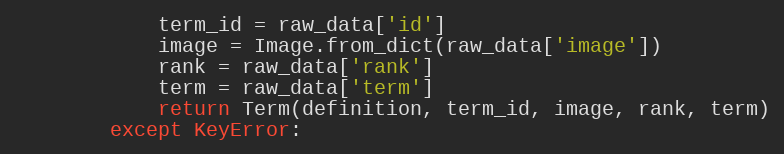
Language: Python
            term_id = raw_data['id']
            image = Image.from_dict(raw_data['image'])
            rank = raw_data['rank']
            term = raw_data['term']
            return Term(definition, term_id, image, rank, term)
        except KeyError: